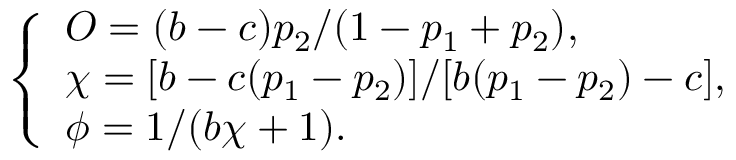
\left\{ \begin{array} { l l } { O = ( b - c ) p _ { 2 } / ( 1 - p _ { 1 } + p _ { 2 } ) , } \\ { \chi = [ b - c ( p _ { 1 } - p _ { 2 } ) ] / [ b ( p _ { 1 } - p _ { 2 } ) - c ] , } \\ { \phi = 1 / ( b \chi + 1 ) . } \end{array} \right.